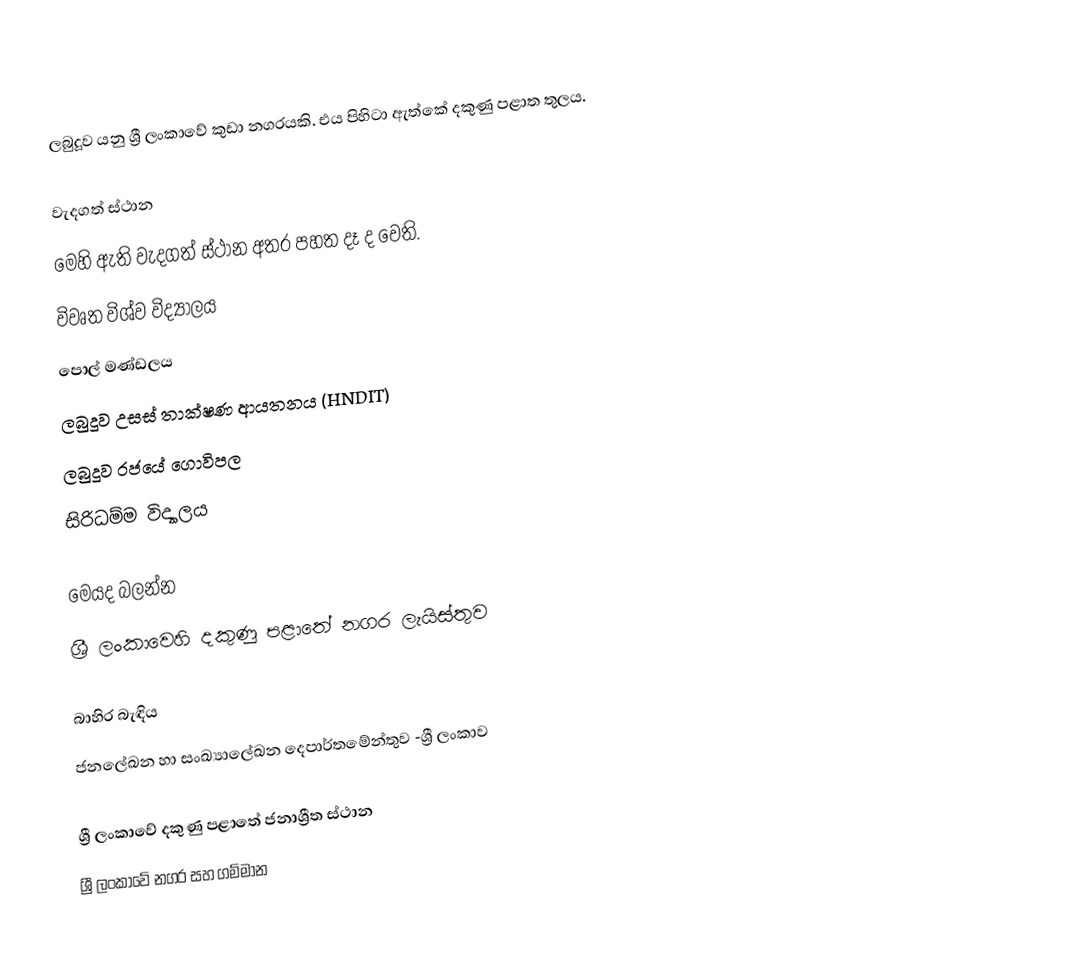
ලබුදූව යනු ශ්‍රී ලංකාවේ කුඩා නගරයකි. එය පිහිටා ඇත්කේ දකුණු පළාත තුලය.

වැදගත් ස්ථාන
මෙහි ඇති වැදගත් ස්ථාන අතර පහත දෑ ද වෙති.
  විවෘත විශ්ව විද්‍යාලය
 පොල් මණ්ඩලය
ලබුදූව උසස් තාක්ෂණ ආයතනය (HNDIT)
 ලබුදූව රජයේ ගොවිපල
 සිරිධම්ම විද්‍යාලය

මෙයද බලන්න
ශ්‍රී ලංකාවෙහි දකුණු පළාතේ නගර ලැයිස්තුව

බාහිර බැඳිය
ජනලේඛන හා සංඛ්‍යාලේඛන දෙපාර්තමේන්තුව -ශ්‍රී ලංකාව

ශ්‍රී ලංකාවේ දකුණු පළාතේ ජනාශ්‍රීත ස්ථාන
ශ්‍රී ලංකාවේ නගර සහ ගම්මාන